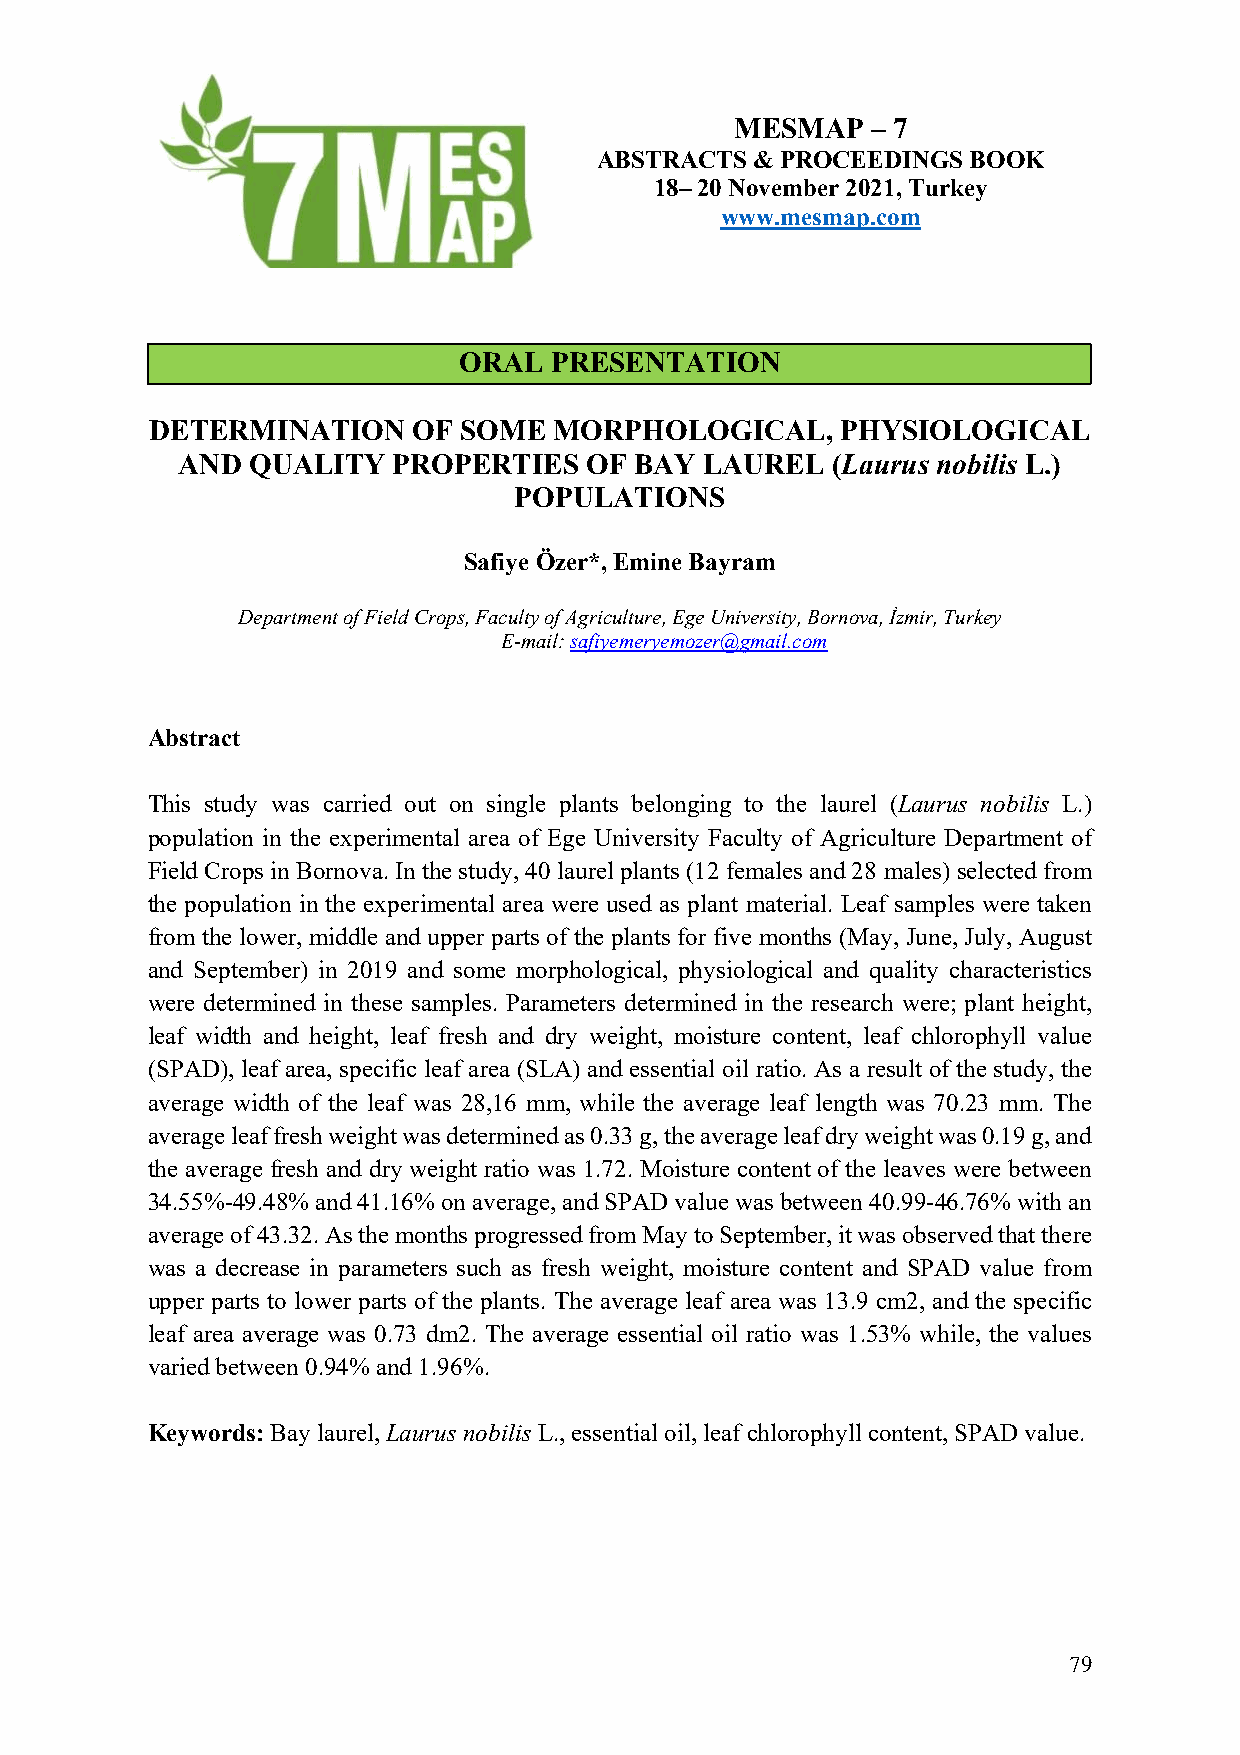
MESMAP   – 7
 ABSTRACTS  & PROCEEDINGS BOOK
 18– 20 November 2021, Turkey
 www.mesmap.com
 ORAL  PRESENTATION
 DETERMINATION    OF SOME   MORPHOLOGICAL,     PHYSIOLOGICAL
 AND QUALITY   PROPERTIES   OF BAY  LAUREL  (Laurus nobilis L.)
 POPULATIONS
 Safiye Özer*, Emine Bayram
 Department of Field Crops, Faculty of Agriculture, Ege University, Bornova, İzmir, Turkey
 E-mail: safiyemeryemozer@gmail.com
 Abstract
 This study was carried out on single plants belonging to the laurel (Laurus nobilis L.)
 population in the experimental area of Ege University Faculty of Agriculture Department of
 Field Crops in Bornova. In the study, 40 laurel plants (12 females and 28 males) selected from
 the population in the experimental area were used as plant material. Leaf samples were taken
 from the lower, middle and upper parts of the plants for five months (May, June, July, August
 and September) in 2019 and some morphological, physiological and quality characteristics
 were determined in these samples. Parameters determined in the research were; plant height,
 leaf width and height, leaf fresh and dry weight, moisture content, leaf chlorophyll value
 (SPAD), leaf area, specific leaf area (SLA) and essential oil ratio. As a result of the study, the
 average width of the leaf was 28,16 mm, while the average leaf length was 70.23 mm. The
 average leaf fresh weight was determined as 0.33 g, the average leaf dry weight was 0.19 g, and
 the average fresh and dry weight ratio was 1.72. Moisture content of the leaves were between
 34.55%-49.48% and 41.16% on average, and SPAD value was between 40.99-46.76% with an
 average of 43.32. As the months progressed from May to September, it was observed that there
 was a decrease in parameters such as fresh weight, moisture content and SPAD value from
 upper parts to lower parts of the plants. The average leaf area was 13.9 cm2, and the specific
 leaf area average was 0.73 dm2. The average essential oil ratio was 1.53% while, the values
 varied between 0.94% and 1.96%.
 Keywords: Bay laurel, Laurus nobilis L., essential oil, leaf chlorophyll content, SPAD value.
 79